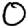
Digit: 0